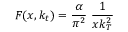
F ( x , k _ { t } ) = { \frac { \alpha } { \pi ^ { 2 } } } ~ { \frac { 1 } { x k _ { T } ^ { 2 } } }